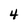
Character: 4